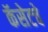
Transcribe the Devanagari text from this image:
कॅसेटचे